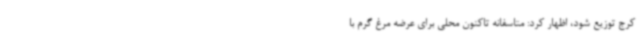
کرج توزیع شود، اظهار کرد: متاسفانه تاکنون محلی برای عرضه مرغ گرم با